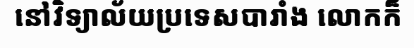
នៅវិទ្យាល័យប្រទេសបារាំង លោកក៏